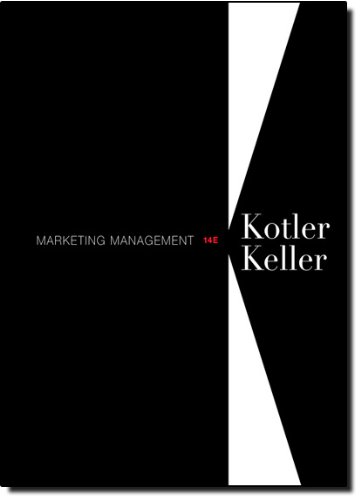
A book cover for Marketing Management (14th Edition); Philip T Kotler; Business & Money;